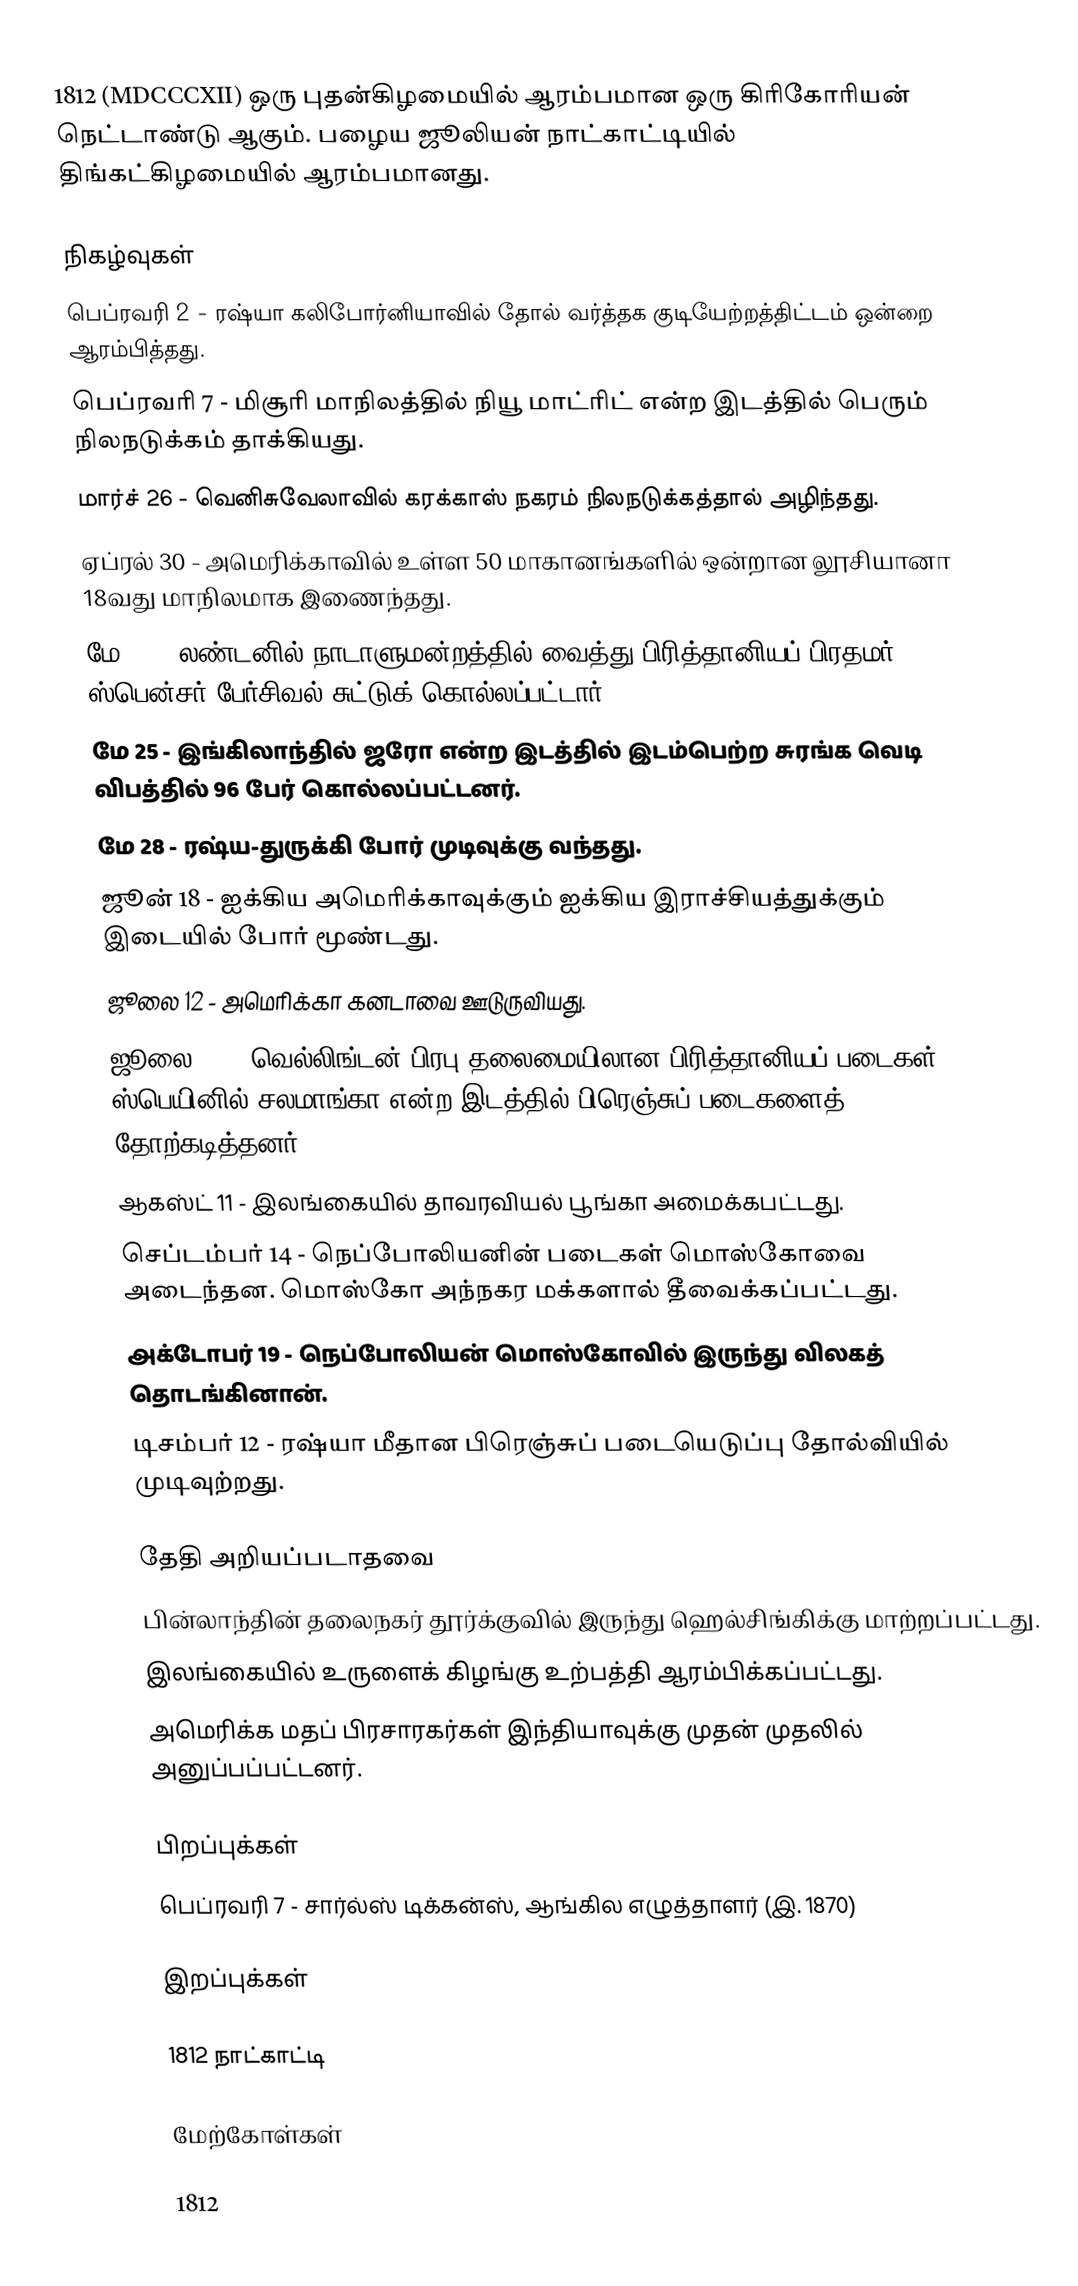
1812  (MDCCCXII) ஒரு புதன்கிழமையில் ஆரம்பமான ஒரு கிரிகோரியன் நெட்டாண்டு ஆகும். பழைய ஜூலியன் நாட்காட்டியில் திங்கட்கிழமையில் ஆரம்பமானது.

நிகழ்வுகள்
 பெப்ரவரி 2 - ரஷ்யா கலிபோர்னியாவில் தோல் வர்த்தக குடியேற்றத்திட்டம் ஒன்றை ஆரம்பித்தது.
 பெப்ரவரி 7 - மிசூரி மாநிலத்தில் நியூ மாட்ரிட் என்ற இடத்தில் பெரும் நிலநடுக்கம் தாக்கியது.
 மார்ச் 26 - வெனிசுவேலாவில் கரக்காஸ் நகரம் நிலநடுக்கத்தால் அழிந்தது.
 ஏப்ரல் 30 - அமெரிக்காவில் உள்ள 50 மாகானங்களில் ஒன்றான லூசியானா 18வது மாநிலமாக இணைந்தது.
 மே 11 - லண்டனில் நாடாளுமன்றத்தில் வைத்து பிரித்தானியப் பிரதமர் ஸ்பென்சர் பேர்சிவல் சுட்டுக் கொல்லப்பட்டார்.
 மே 25 - இங்கிலாந்தில் ஜரோ என்ற இடத்தில் இடம்பெற்ற சுரங்க வெடி விபத்தில் 96 பேர் கொல்லப்பட்டனர்.
 மே 28 - ரஷ்ய-துருக்கி போர் முடிவுக்கு வந்தது.
 ஜூன் 18 - ஐக்கிய அமெரிக்காவுக்கும் ஐக்கிய இராச்சியத்துக்கும் இடையில் போர் மூண்டது.
 ஜூலை 12 - அமெரிக்கா கனடாவை ஊடுருவியது.
 ஜூலை 22 - வெல்லிங்டன் பிரபு தலைமையிலான பிரித்தானியப் படைகள் ஸ்பெயினில் சலமாங்கா என்ற இடத்தில் பிரெஞ்சுப் படைகளைத் தோற்கடித்தனர்.
 ஆகஸ்ட் 11 - இலங்கையில் தாவரவியல் பூங்கா அமைக்கபட்டது.
 செப்டம்பர் 14 - நெப்போலியனின் படைகள் மொஸ்கோவை அடைந்தன. மொஸ்கோ அந்நகர மக்களால் தீவைக்கப்பட்டது.
 அக்டோபர் 19 - நெப்போலியன் மொஸ்கோவில் இருந்து விலகத் தொடங்கினான்.
 டிசம்பர் 12 - ரஷ்யா மீதான பிரெஞ்சுப் படையெடுப்பு தோல்வியில் முடிவுற்றது.

தேதி அறியப்படாதவை
 பின்லாந்தின் தலைநகர் தூர்க்குவில் இருந்து ஹெல்சிங்கிக்கு மாற்றப்பட்டது.
 இலங்கையில் உருளைக் கிழங்கு உற்பத்தி ஆரம்பிக்கப்பட்டது.
 அமெரிக்க மதப் பிரசாரகர்கள் இந்தியாவுக்கு முதன் முதலில் அனுப்பப்பட்டனர்.

பிறப்புக்கள்
 பெப்ரவரி 7 - சார்ல்ஸ் டிக்கன்ஸ், ஆங்கில எழுத்தாளர் (இ. 1870)

இறப்புக்கள்

1812 நாட்காட்டி

மேற்கோள்கள்

1812